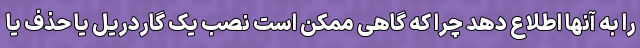
را به آنها اطلاع دهد چرا که گاهی ممکن است نصب یک گاردریل یا حذف یا